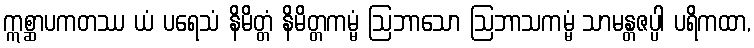
ဣစ္ဆာပကတဿ ယံ ပရေသံ နိမိတ္တံ နိမိတ္တကမ္မံ ဩဘာသော ဩဘာသကမ္မံ သာမန္တဇပ္ပါ ပရိကထာ,